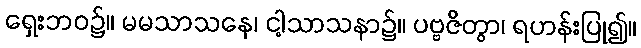
ရှေးဘဝ၌။ မမသာသနေ၊ ငါ့သာသနာ၌။ ပဗ္ဗဇိတွာ၊ ရဟန်းပြု၍။